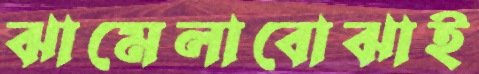
ঝামেলাবোঝাই